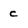
Character: c